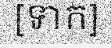
[ទាក]